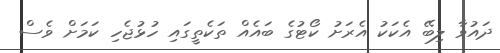
ދައުވާ ލިބޭ އެކަކު އެރަށު ކޯޓުގެ ބައެއް ތަކެތީގައި ހުޅުޖެހި ކަމަށް ވެސް